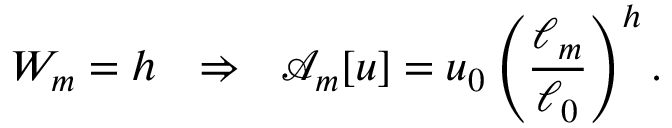
W _ { m } = h \ \ \Rightarrow \ \ \mathcal { A } _ { m } [ u ] = u _ { 0 } \left( \frac { \ell _ { m } } { \ell _ { 0 } } \right) ^ { h } .